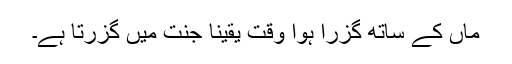
ماں کے ساتھ گزرا ہوا وقت یقیناً جنت میں گزرتا ہے۔